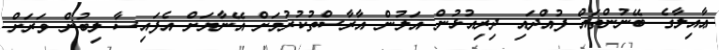
ޢާއިލާގެ ބޭނުންތައް ފުއްދައި ދިރިއުޅުން އަލުން އާރާސްތުކުރުމަށް އޭނާޔަށް އެފައިސާ ލިބުން ވަރަށް